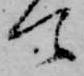
て